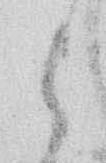
と